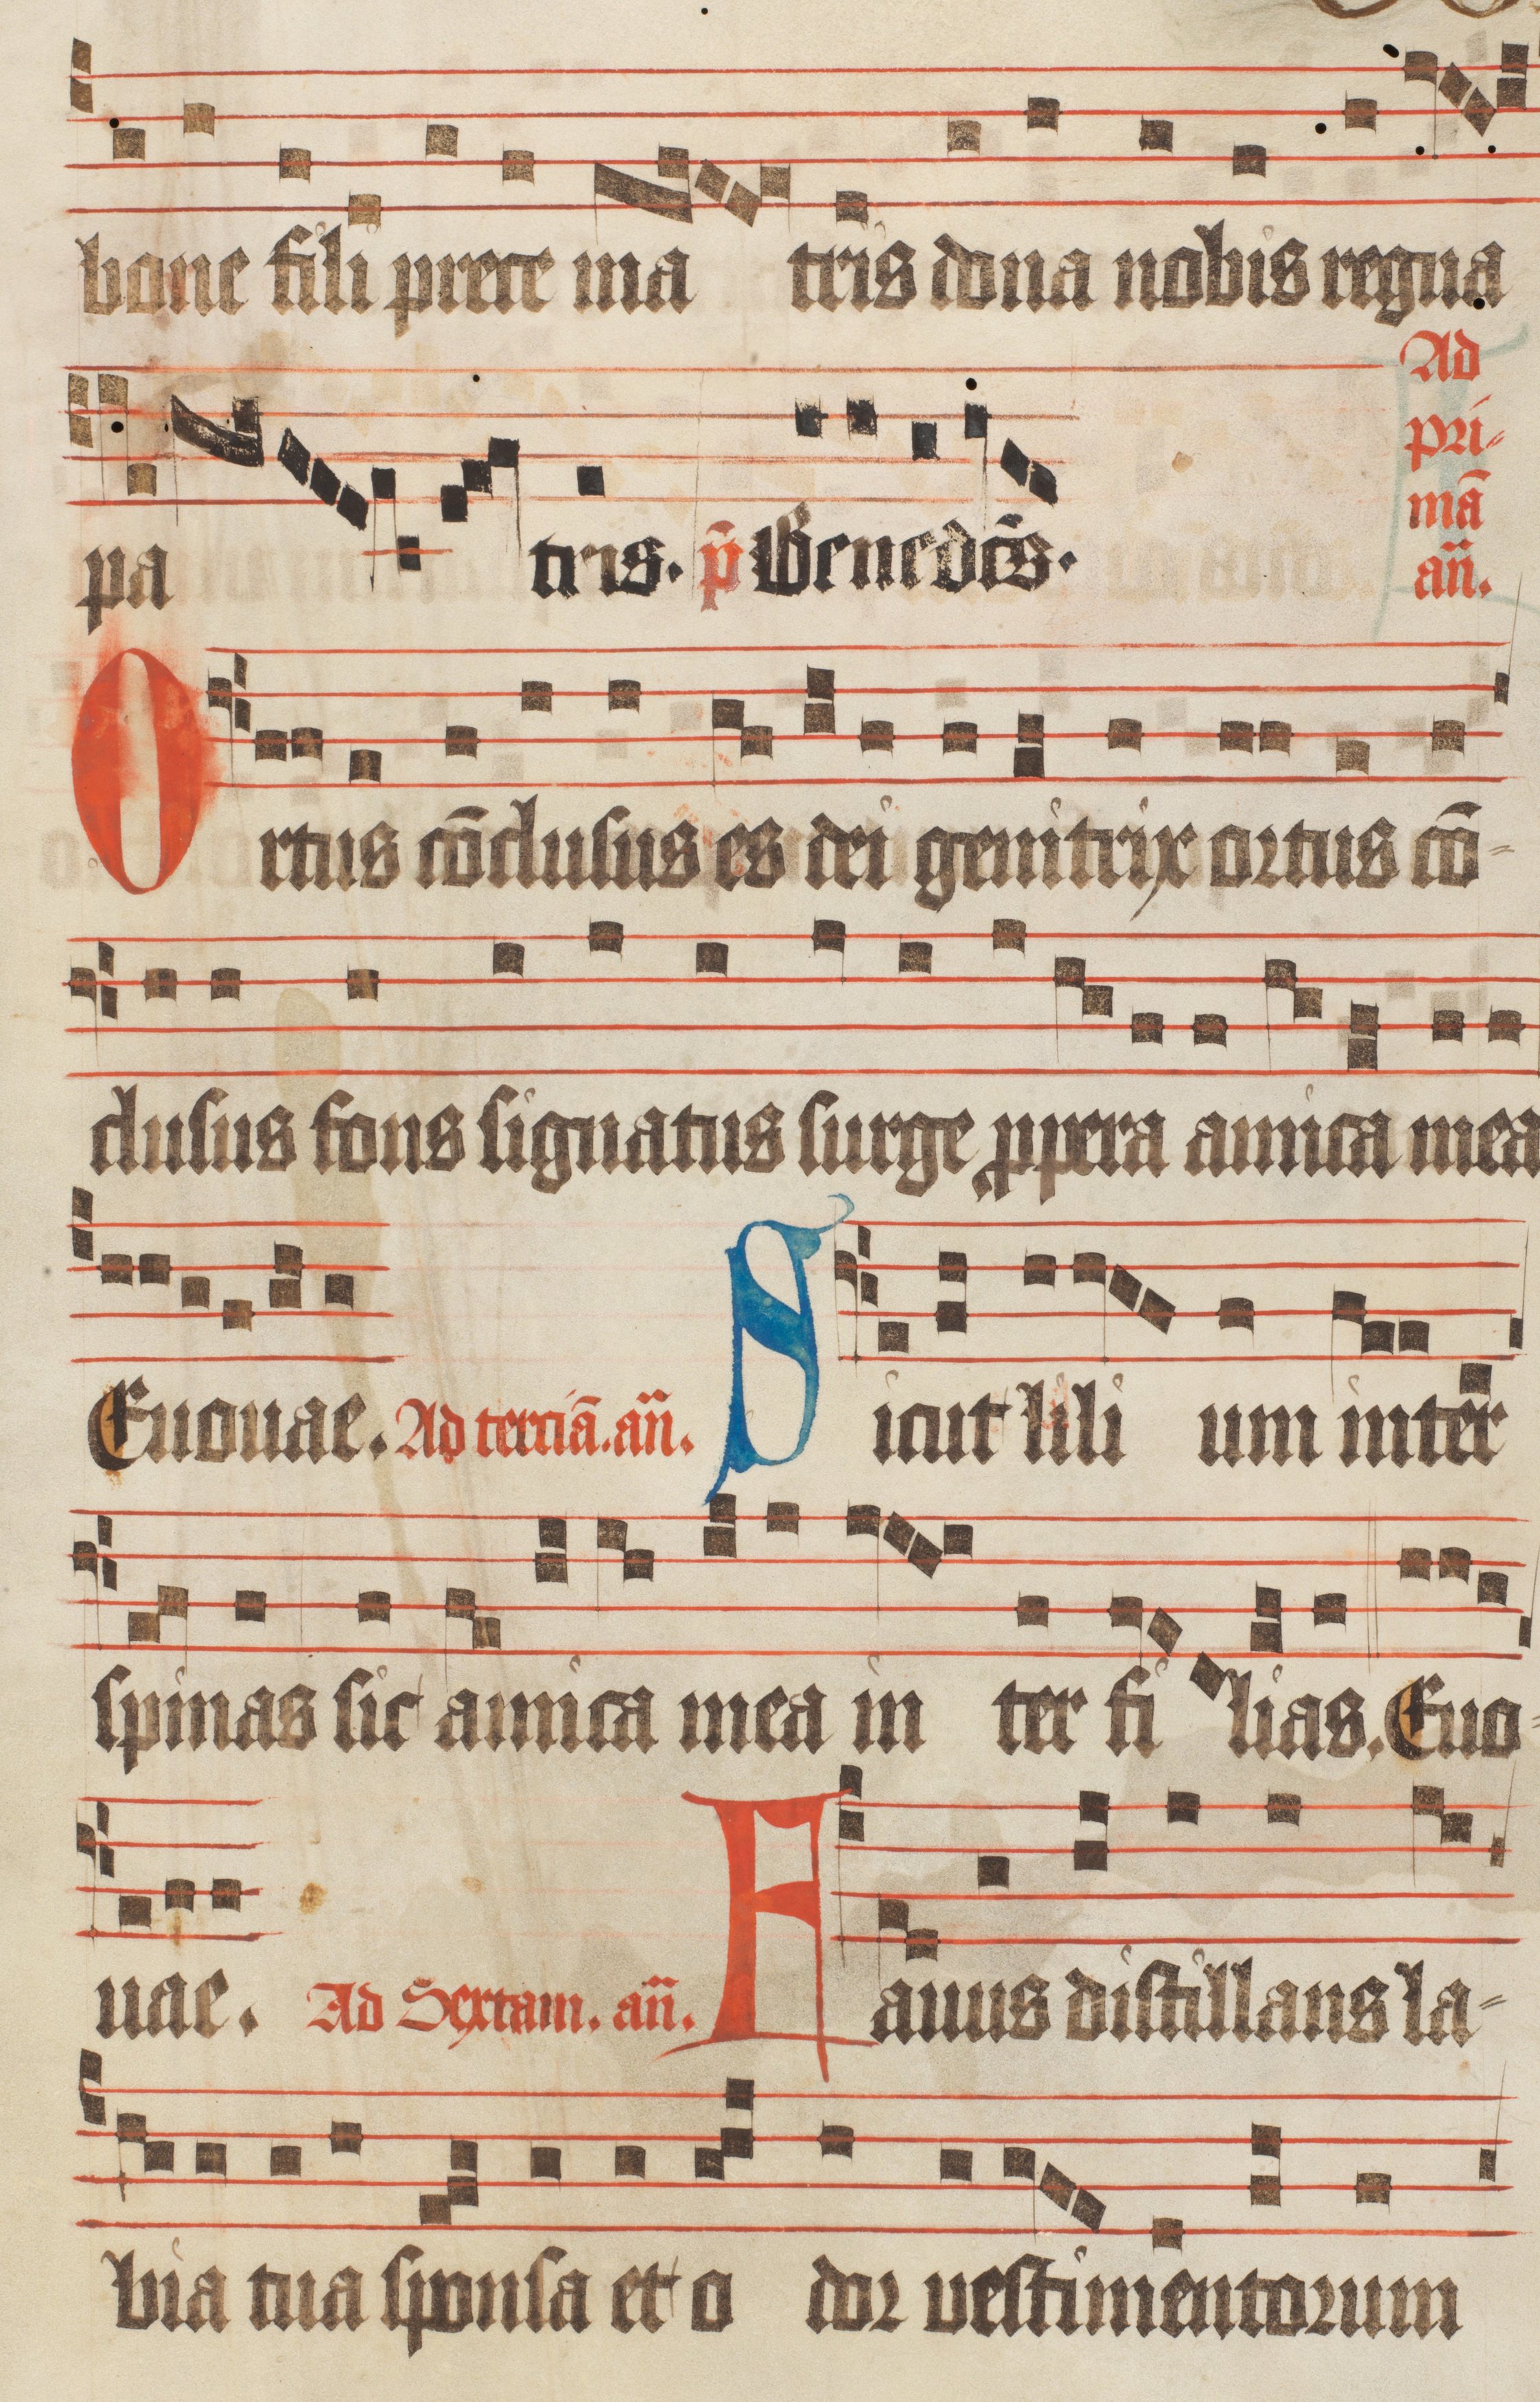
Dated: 1470–1505